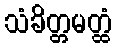
သံခိတ္တမတ္ထံ